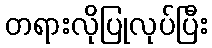
တရားလိုပြုလုပ်ပြီး